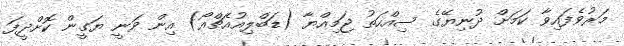
މަރުވެފައިވާ ކަމަށް ދުނިޔޭގެ ސިއްހަތު ޖަމިއްޔާ (ޑަބްލިއުއެޗްއޯ) އިން ވަނީ ޔަގީން ކޮށްދީފަ